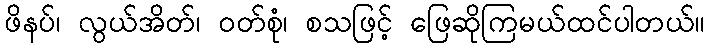
ဖိနပ်၊ လွယ်အိတ်၊ ဝတ်စုံ၊ စသဖြင့် ဖြေဆိုကြမယ်ထင်ပါတယ်။